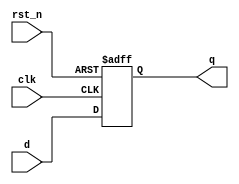
module sdram_addr_buf (
	input  wire clk,
	input  wire rst_n,
	input  wire d,
	output wire q
);

`ifdef FPGA_ECP5

(*syn_useioff*) (*keep*) TRELLIS_FF #(
	.GSR("DISABLED"),
	.CEMUX("1"),
	.CLKMUX("CLK"),
	.LSRMUX("LSR"),
	.REGSET("RESET")
) o_reg (
	.CLK (clk),
	.LSR (1'b0),
	.DI  (d),
	.Q   (q)
);

`else

reg q_r;

always @ (posedge clk or negedge rst_n) begin
	if (!rst_n) begin
		q_r <= 1'b0;
	end else begin
		q_r <= d;
	end
end

assign q = q_r;

`endif

endmodule